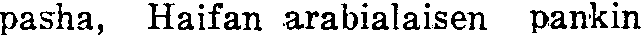
pasha, Haifan arabialaisen pankin